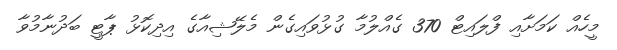
މީހެއް ކަމަށާއި ފްލައިޓް 370 ގެއްލުމާ ގުޅުވައިގެން މެލޭޝިއާގެ އިދިކޮޅު ޕާޓީ ބަދުނާމުވާ